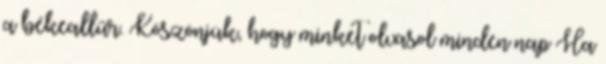
a békeallűr. Köszönjük, hogy minket olvasol minden nap Ha